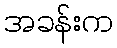
အခန်းက